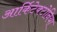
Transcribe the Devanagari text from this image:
आर्किटेक्टोनिया